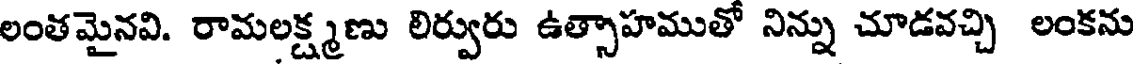
లంతమైనవి. రామలక్ష్మణు లిర్వురు ఉత్సాహముతో నిన్ను చూడవచ్చి లంకను